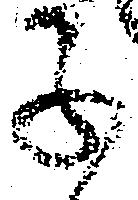
子